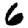
Digit: 6